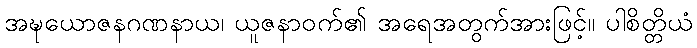
အဍ္ဎယောဇနဂဏနာယ၊ ယူဇနာဝက်၏ အရေအတွက်အားဖြင့်။ ပါစိတ္တိယံ